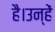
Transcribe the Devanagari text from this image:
है।उन्हें